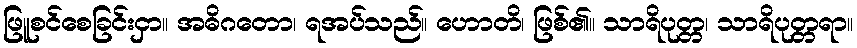
ဖြူစင်စေခြင်းငှာ။ အဓိဂတော၊ ရအပ်သည်။ ဟောတိ၊ ဖြစ်၏။ သာရိပုတ္တ၊ သာရိပုတ္တရာ။